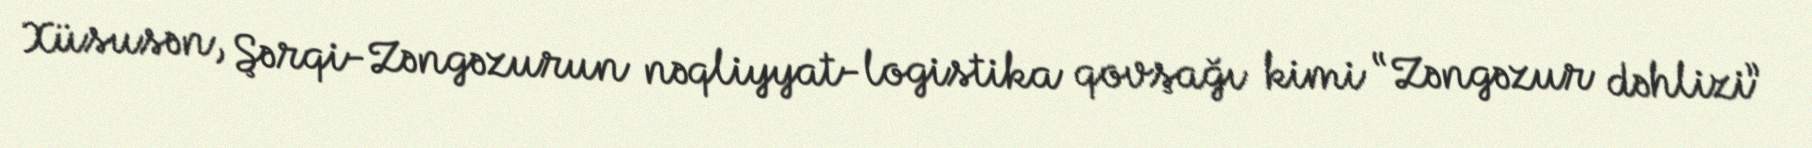
Xüsusən, Şərqi-Zəngəzurun nəqliyyat-logistika qovşağı kimi “Zəngəzur dəhlizi”